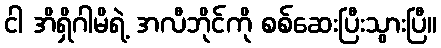
ငါ အိရှိဂါမိရဲ့ အလီဘိုင်ကို စစ်ဆေးပြီးသွားပြီ။